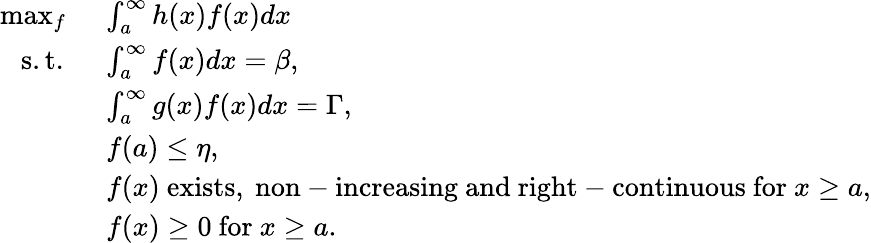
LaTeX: \begin{array}{rl}{\operatorname*{max}_{f}\ }&{\int_{a}^{\infty}h(x)f(x)dx}\\ {\mathrm{s.t.}\ \ }&{\int_{a}^{\infty}f(x)dx=\beta,}\\ &{\int_{a}^{\infty}g(x)f(x)dx=\Gamma,}\\ &{f(a)\leq\eta,}\\ &{f(x)\ \mathrm{exists,~non-increasing~and~right-continuous~for~}x\geq a,}\\ &{f(x)\geq 0\ \mathrm{for}\ x\geq a.}\end{array}